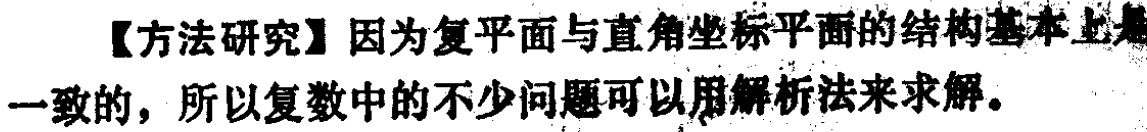
【方法研究】因为复平面与直角坐标平面的结构基本上是一致的，所以复数中的不少问题可以用解析法来求解。